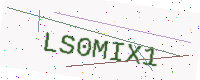
Text: LS0MIX1